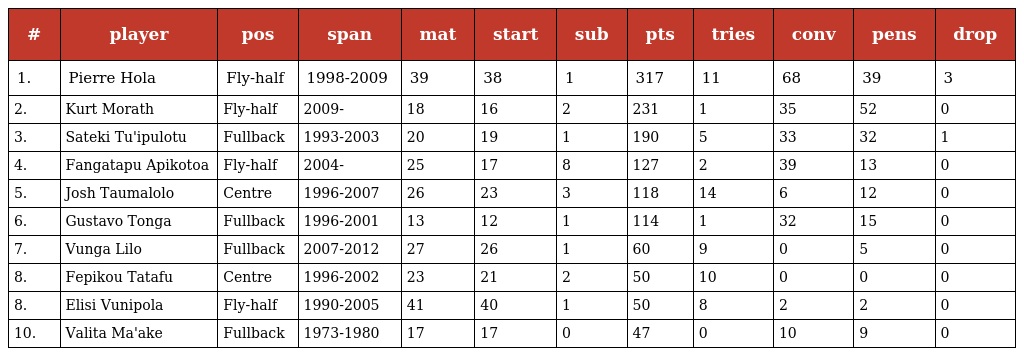
| # | player | pos | span | mat | start | sub | pts | tries | conv | pens | drop |
 | --- | --- | --- | --- | --- | --- | --- | --- | --- | --- | --- | --- |
 | 1. | Pierre Hola | Fly-half | 1998-2009 | 39 | 38 | 1 | 317 | 11 | 68 | 39 | 3 |
 | 2. | Kurt Morath | Fly-half | 2009- | 18 | 16 | 2 | 231 | 1 | 35 | 52 | 0 |
 | 3. | Sateki Tu'ipulotu | Fullback | 1993-2003 | 20 | 19 | 1 | 190 | 5 | 33 | 32 | 1 |
 | 4. | Fangatapu Apikotoa | Fly-half | 2004- | 25 | 17 | 8 | 127 | 2 | 39 | 13 | 0 |
 | 5. | Josh Taumalolo | Centre | 1996-2007 | 26 | 23 | 3 | 118 | 14 | 6 | 12 | 0 |
 | 6. | Gustavo Tonga | Fullback | 1996-2001 | 13 | 12 | 1 | 114 | 1 | 32 | 15 | 0 |
 | 7. | Vunga Lilo | Fullback | 2007-2012 | 27 | 26 | 1 | 60 | 9 | 0 | 5 | 0 |
 | 8. | Fepikou Tatafu | Centre | 1996-2002 | 23 | 21 | 2 | 50 | 10 | 0 | 0 | 0 |
 | 8. | Elisi Vunipola | Fly-half | 1990-2005 | 41 | 40 | 1 | 50 | 8 | 2 | 2 | 0 |
 | 10. | Valita Ma'ake | Fullback | 1973-1980 | 17 | 17 | 0 | 47 | 0 | 10 | 9 | 0 |